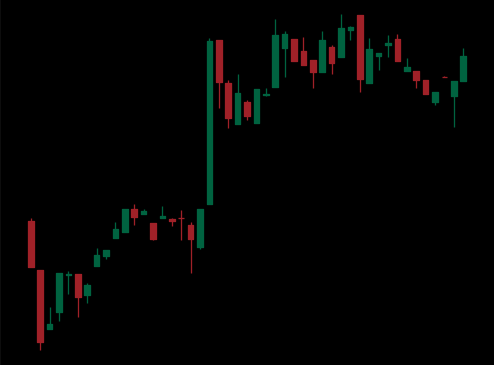
Pattern: bear_flag